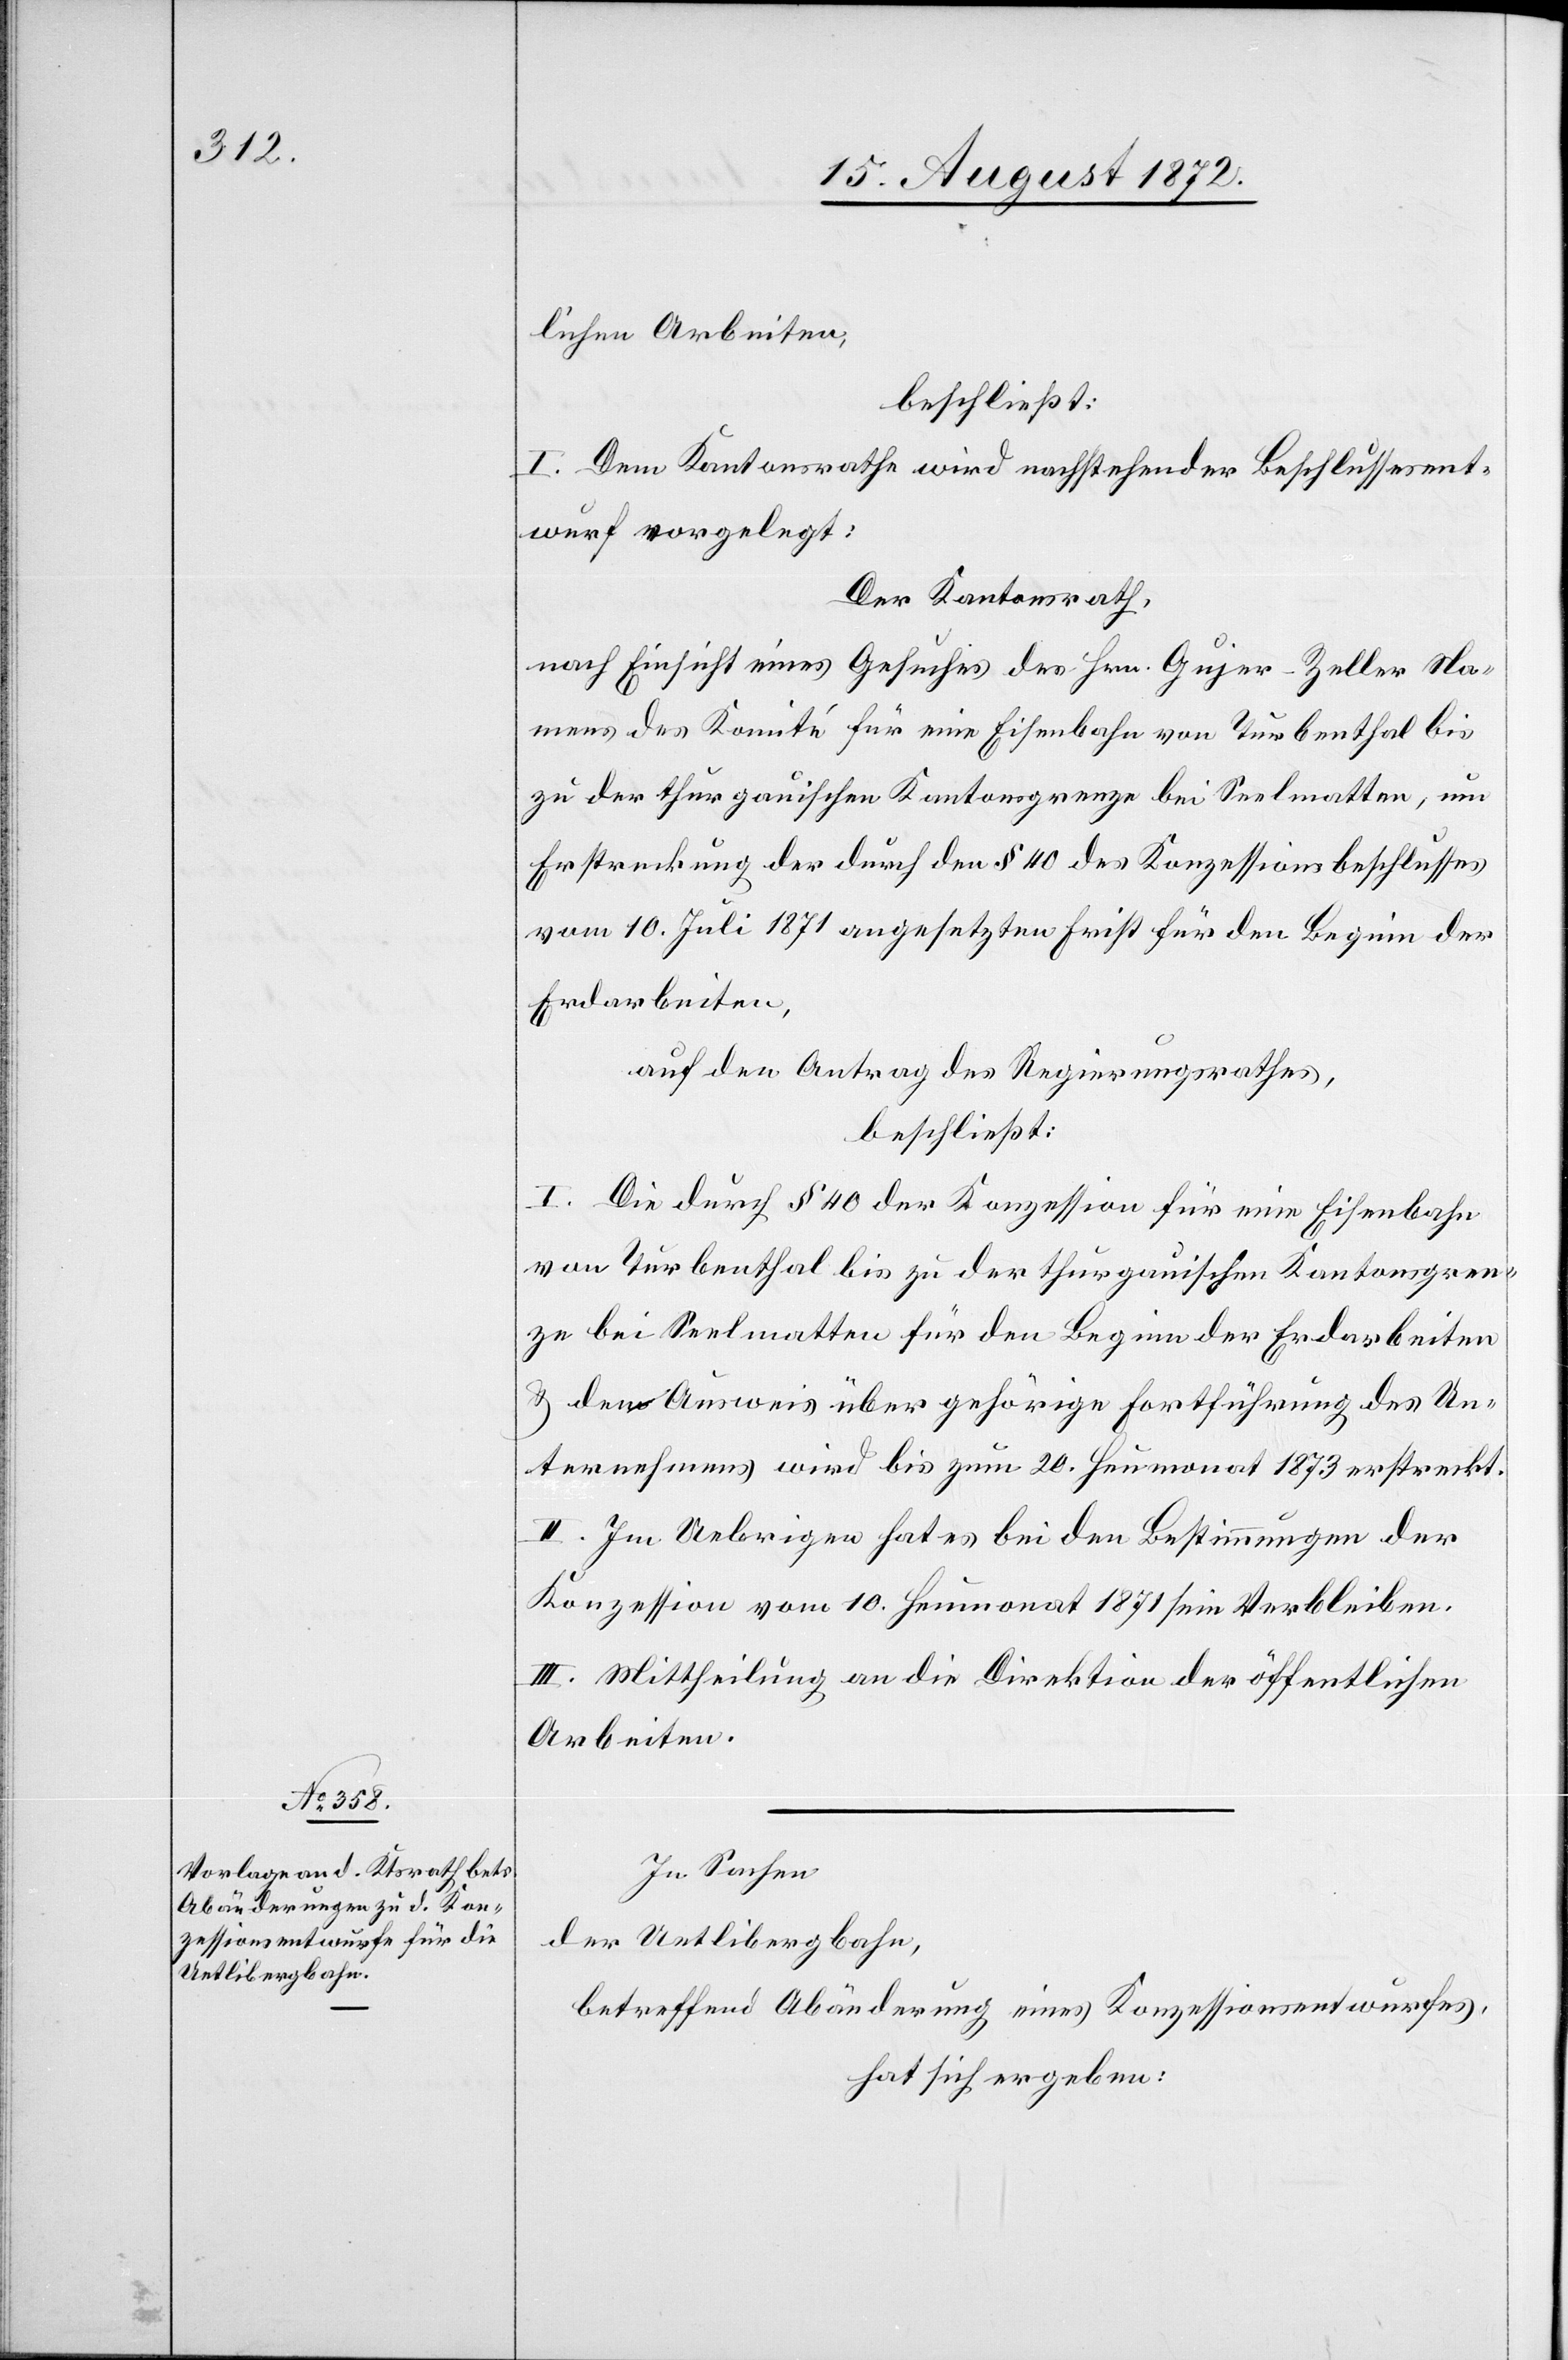
lichen Arbeiten,
beschließt:
I. Dem Kantonsrathe wird nachstehender Beschlussesent¬
wurf vorgelegt:
Der Kantonsrath,
nach Einsicht eines Gesuches des Hrn. Gujer-Zeller Na¬
mens des Komité für eine Eisenbahn von Turbenthal bis
zu der thurgauischen Kantonsgrenze bei Seelmatten, um
Erstreckung der durch den § 40 des Konzessionsbeschlusses
vom 10. Juli 1871 angesetzten Frist für den Beginn der
Erdarbeiten,
auf den Antrag des Regierungsrathes,
beschließt:
I. Die durch § 40 der Konzession für eine Eisenbahn
von Turbenthal bis zu der thurgauischen Kantonsgren¬
ze bei Seelmatten für den Beginn der Erdarbeiten
u. den Ausweis über gehörige Fortführung des Un¬
ternehmens wird bis zum 20. Heumonat 1873 erstreckt.
II. Im Uebrigen hat es bei den Bestimmungen der
Konzession vom 10. Heumonat 1871 sein Verbleiben.
III. Mittheilung an die Direktion der öffentlichen
Arbeiten.
In Sachen
der Uetlibergbahn,
betreffend Abänderung eines Konzessionsentwurfes,
hat sich ergeben: